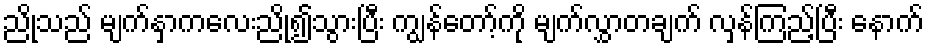
ညိုသည် မျက်နှာကလေးညို၍သွားပြီး ကျွန်တော့်ကို မျက်လွှာတချက် လှန်ကြည့်ပြီး နောက်